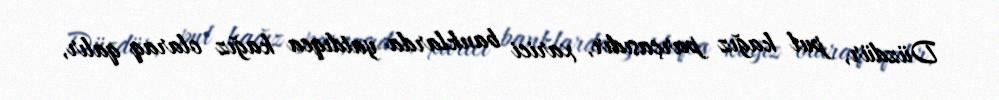
Düzdür, pul kağız parçasıdır, xarici banklarda yatdıqca kağız olaraq qalır,